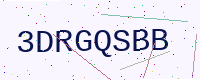
Text: 3DRGQSBB